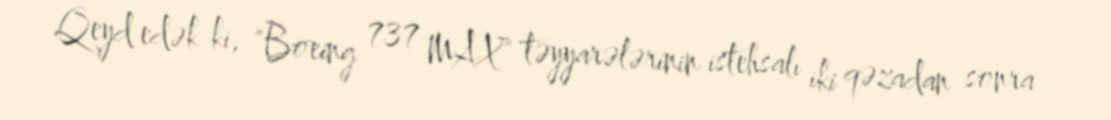
Qeyd edək ki, "Boeing 737 MAX" təyyarələrinin istehsalı iki qəzadan sonra